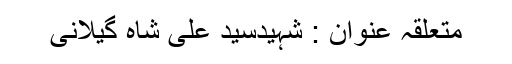
متعلقہ عنوان : شہیدسید علی شاہ گیلانی